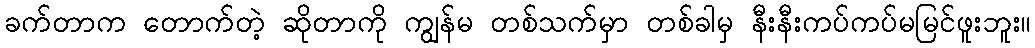
ခက်တာက တောက်တဲ့ ဆိုတာကို ကျွန်မ တစ်သက်မှာ တစ်ခါမှ နီးနီးကပ်ကပ်မမြင်ဖူးဘူး။